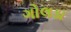
ગોલડા